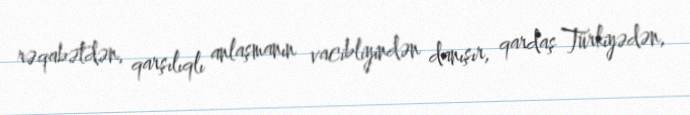
rəqabətdən, qarşılıqlı anlaşmanın vacibliyindən danışır, qardaş Türkiyədən,